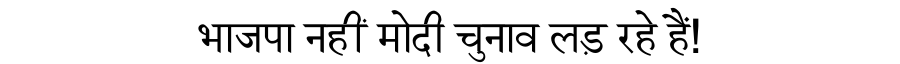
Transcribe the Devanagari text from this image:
भाजपा नहीं मोदी चुनाव लड़ रहे हैं!